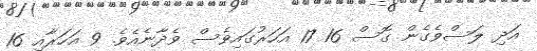
އަދި ލަސްވެގެން ގޮސް 16 17 އަހަރުގައިވެސް ވެދާނެއެވެ. 9 އަހަރާއި 16